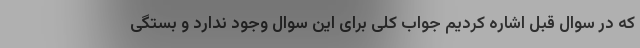
که در سوال قبل اشاره کردیم جواب کلی برای این سوال وجود ندارد و بستگی